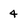
Character: 4